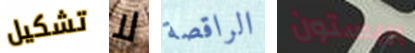
تشكيل لا الراقصة بريستون